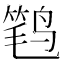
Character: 𮭩